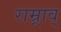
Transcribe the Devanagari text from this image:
राम्र्राव्